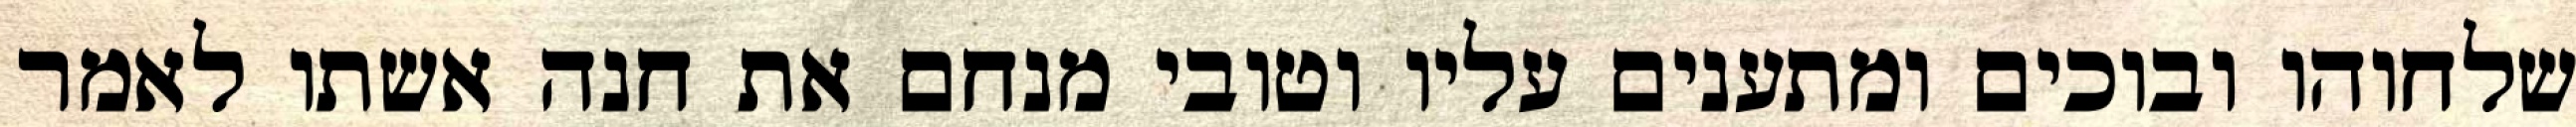
שלחוהו ובוכים ומתענים עליו וטובי מנחם את חנה אשתו לאמר